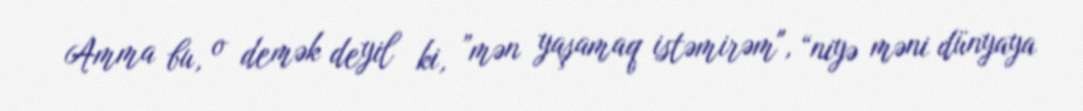
Amma bu, o demək deyil ki, ”mən yaşamaq istəmirəm", “niyə məni dünyaya